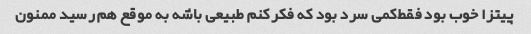
پیتزا خوب بود فقط‌کمی سرد بود که فکرکنم طبیعی باشه به موقع هم رسید ممنون